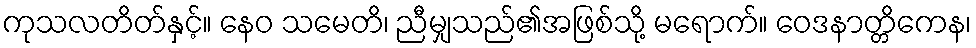
ကုသလတိတ်နှင့်။ နေဝ သမေတိ၊ ညီမျှသည်၏အဖြစ်သို့ မရောက်။ ဝေဒနာတ္တိကေန၊